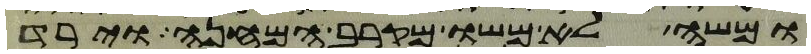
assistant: ומשה לא משו מקרב המחנה וירד